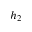
h _ { 2 }